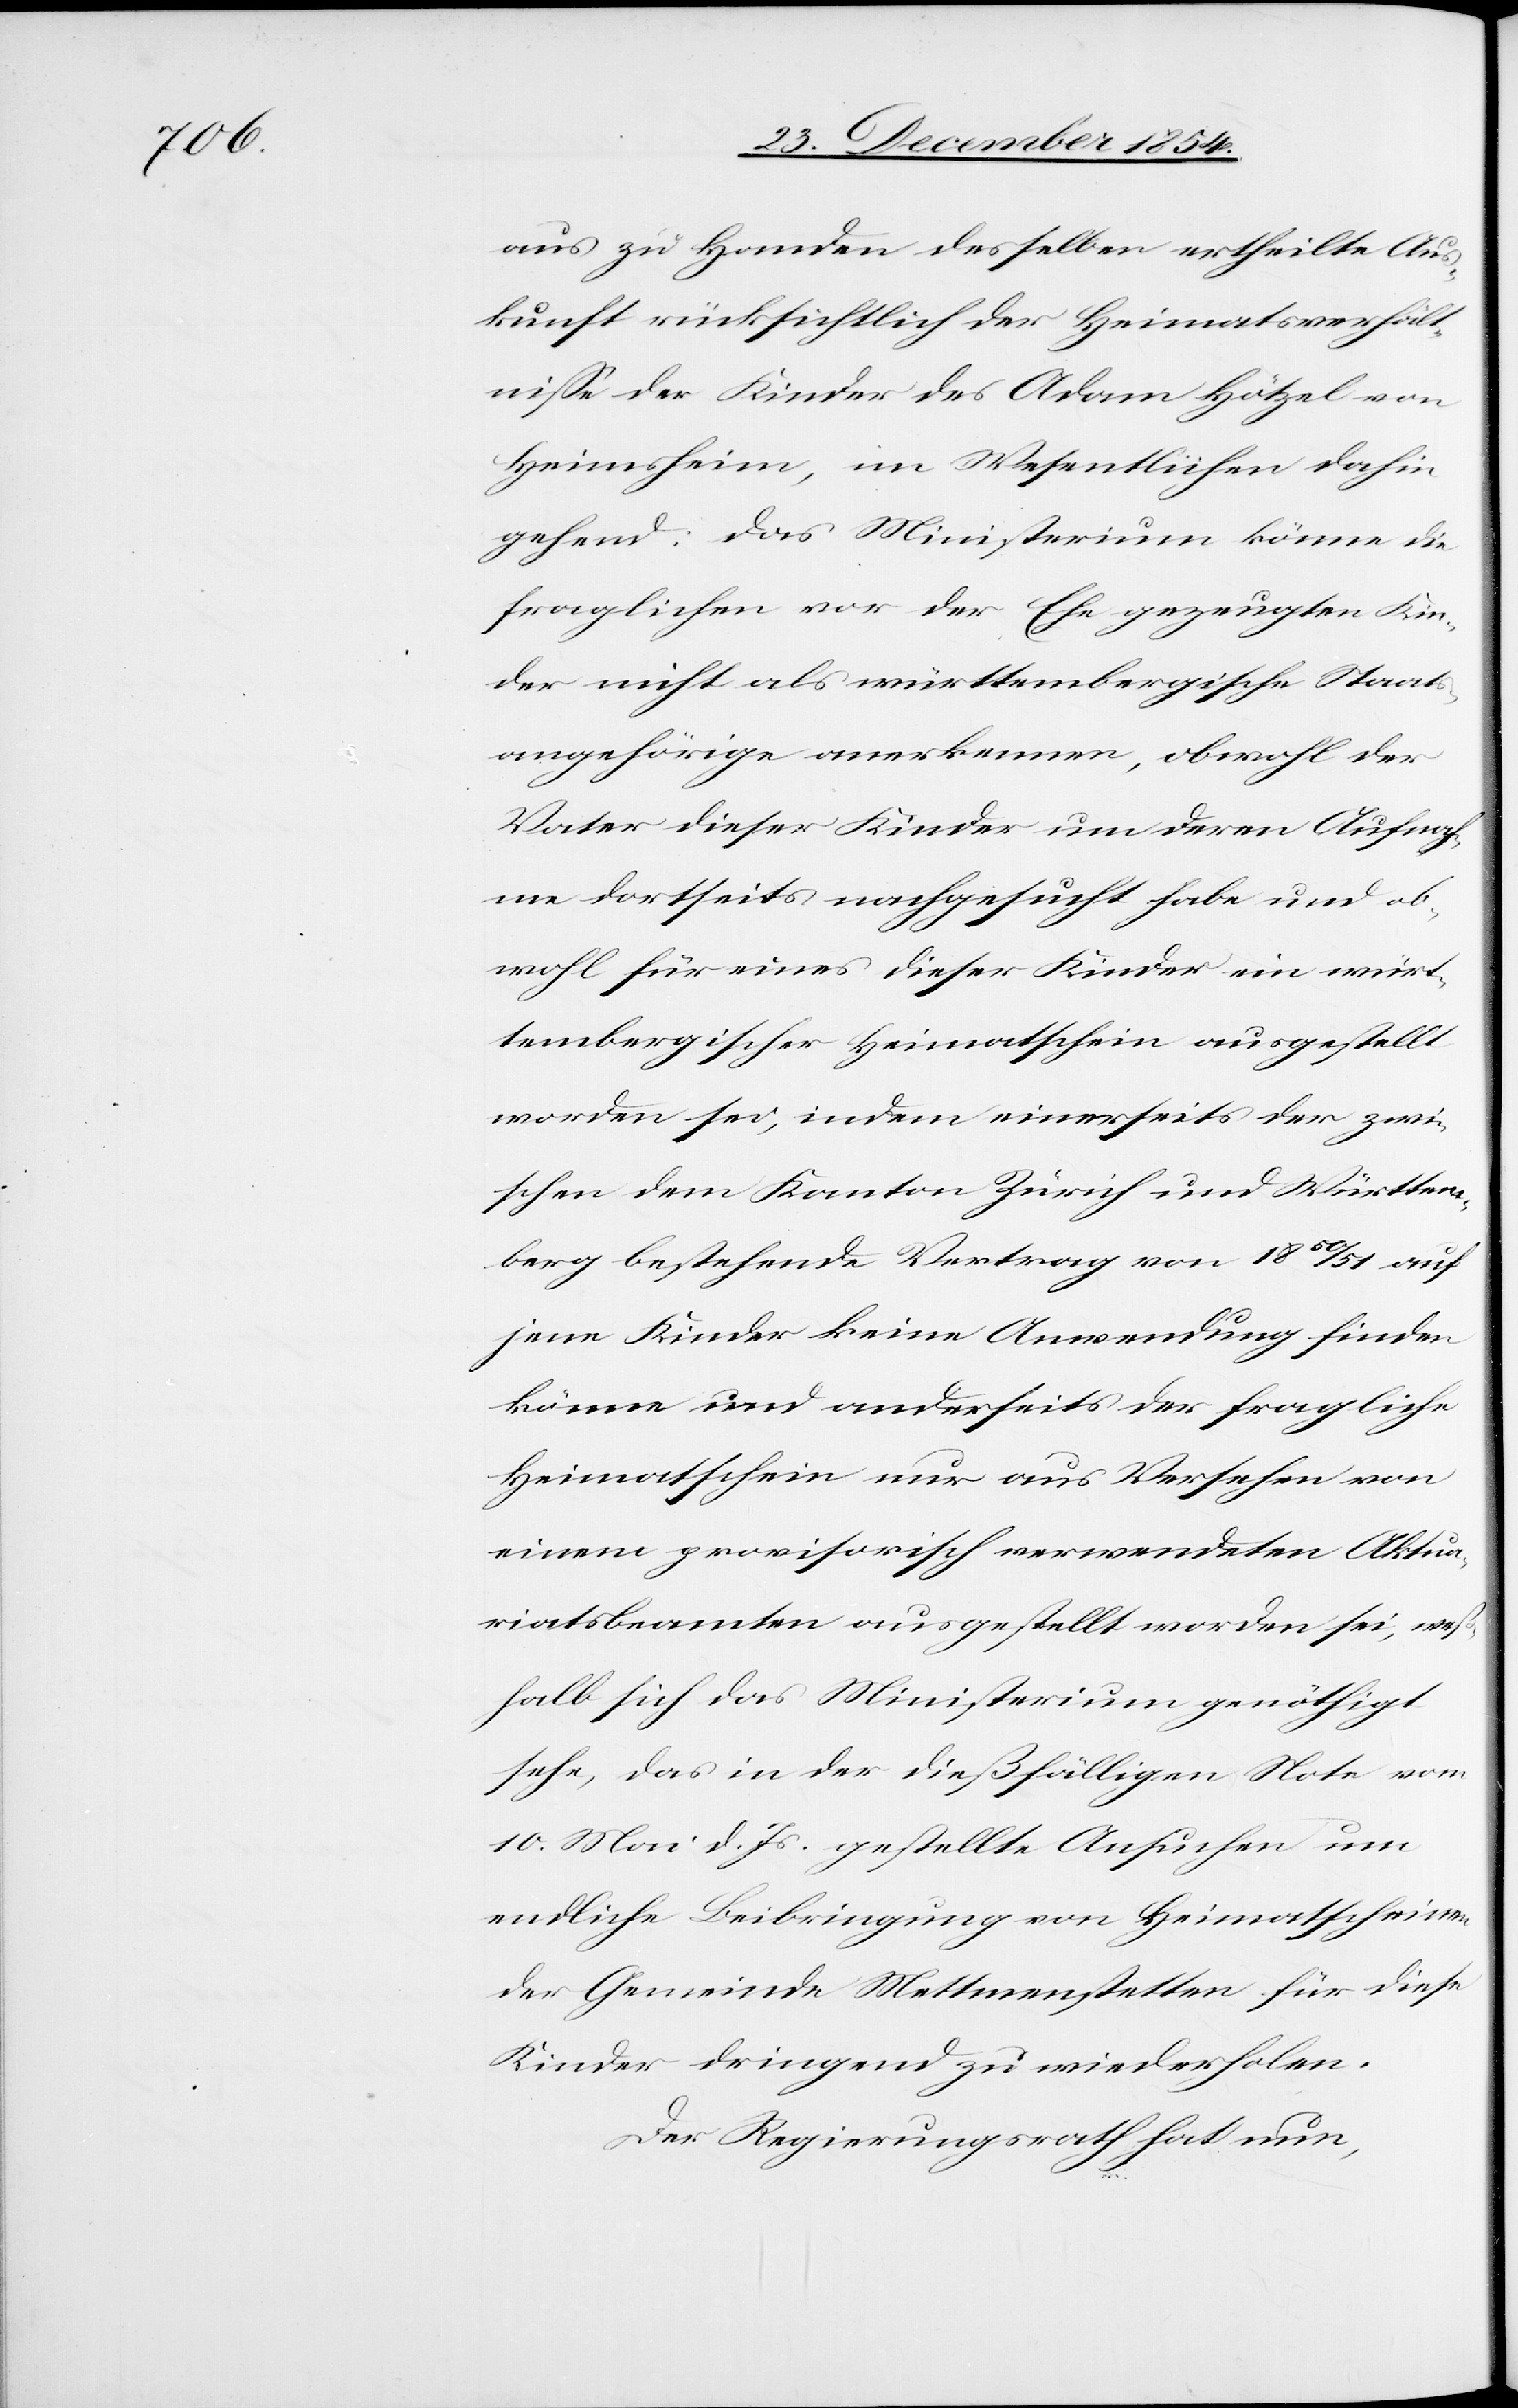
aus zu Handen desselben ertheilte Aus¬
kunft rücksichtlich der Heimatsverhält¬
niße der Kinder des Adam Hötzel von
Heimsheim, im Wesentlichen dahin
gehend: Das Ministerium könne die
fraglichen vor der Ehe gezeugten Kin¬
der nicht als württembergische Staats¬
angehörige anerkennen, obwohl der
Vater dieser Kinder um deren Aufnah¬
me dortseits nachgesucht habe und ob¬
wohl für eines dieser Kinder ein würt¬
tembergischer Heimatschein ausgestellt
worden sei, indem einerseits der zwi¬
schen dem Kanton Zürich und Württem¬
berg bestehende Vertrag von 1850/51 auf
jene Kinder keine Anwendung finden
könne und anderseits der fragliche
Heimatschein nur aus Versehen von
einem provisorisch verwendeten Aktua¬
riatsbeamten ausgestellt worden sei, weß¬
halb sich das Ministerium genöthigt
sehe, das in der diesfälligen Note vom
10. Mai d. Js. gestellte Ansuchen um
endliche Beibringung von Heimatscheinen
der Gemeinde Mettmenstetten für diese
Kinder dringend zu wiederholen.
Der Regierungsrath hat nun,